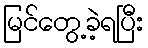
မြင်တွေ့ခဲ့ရပြီး